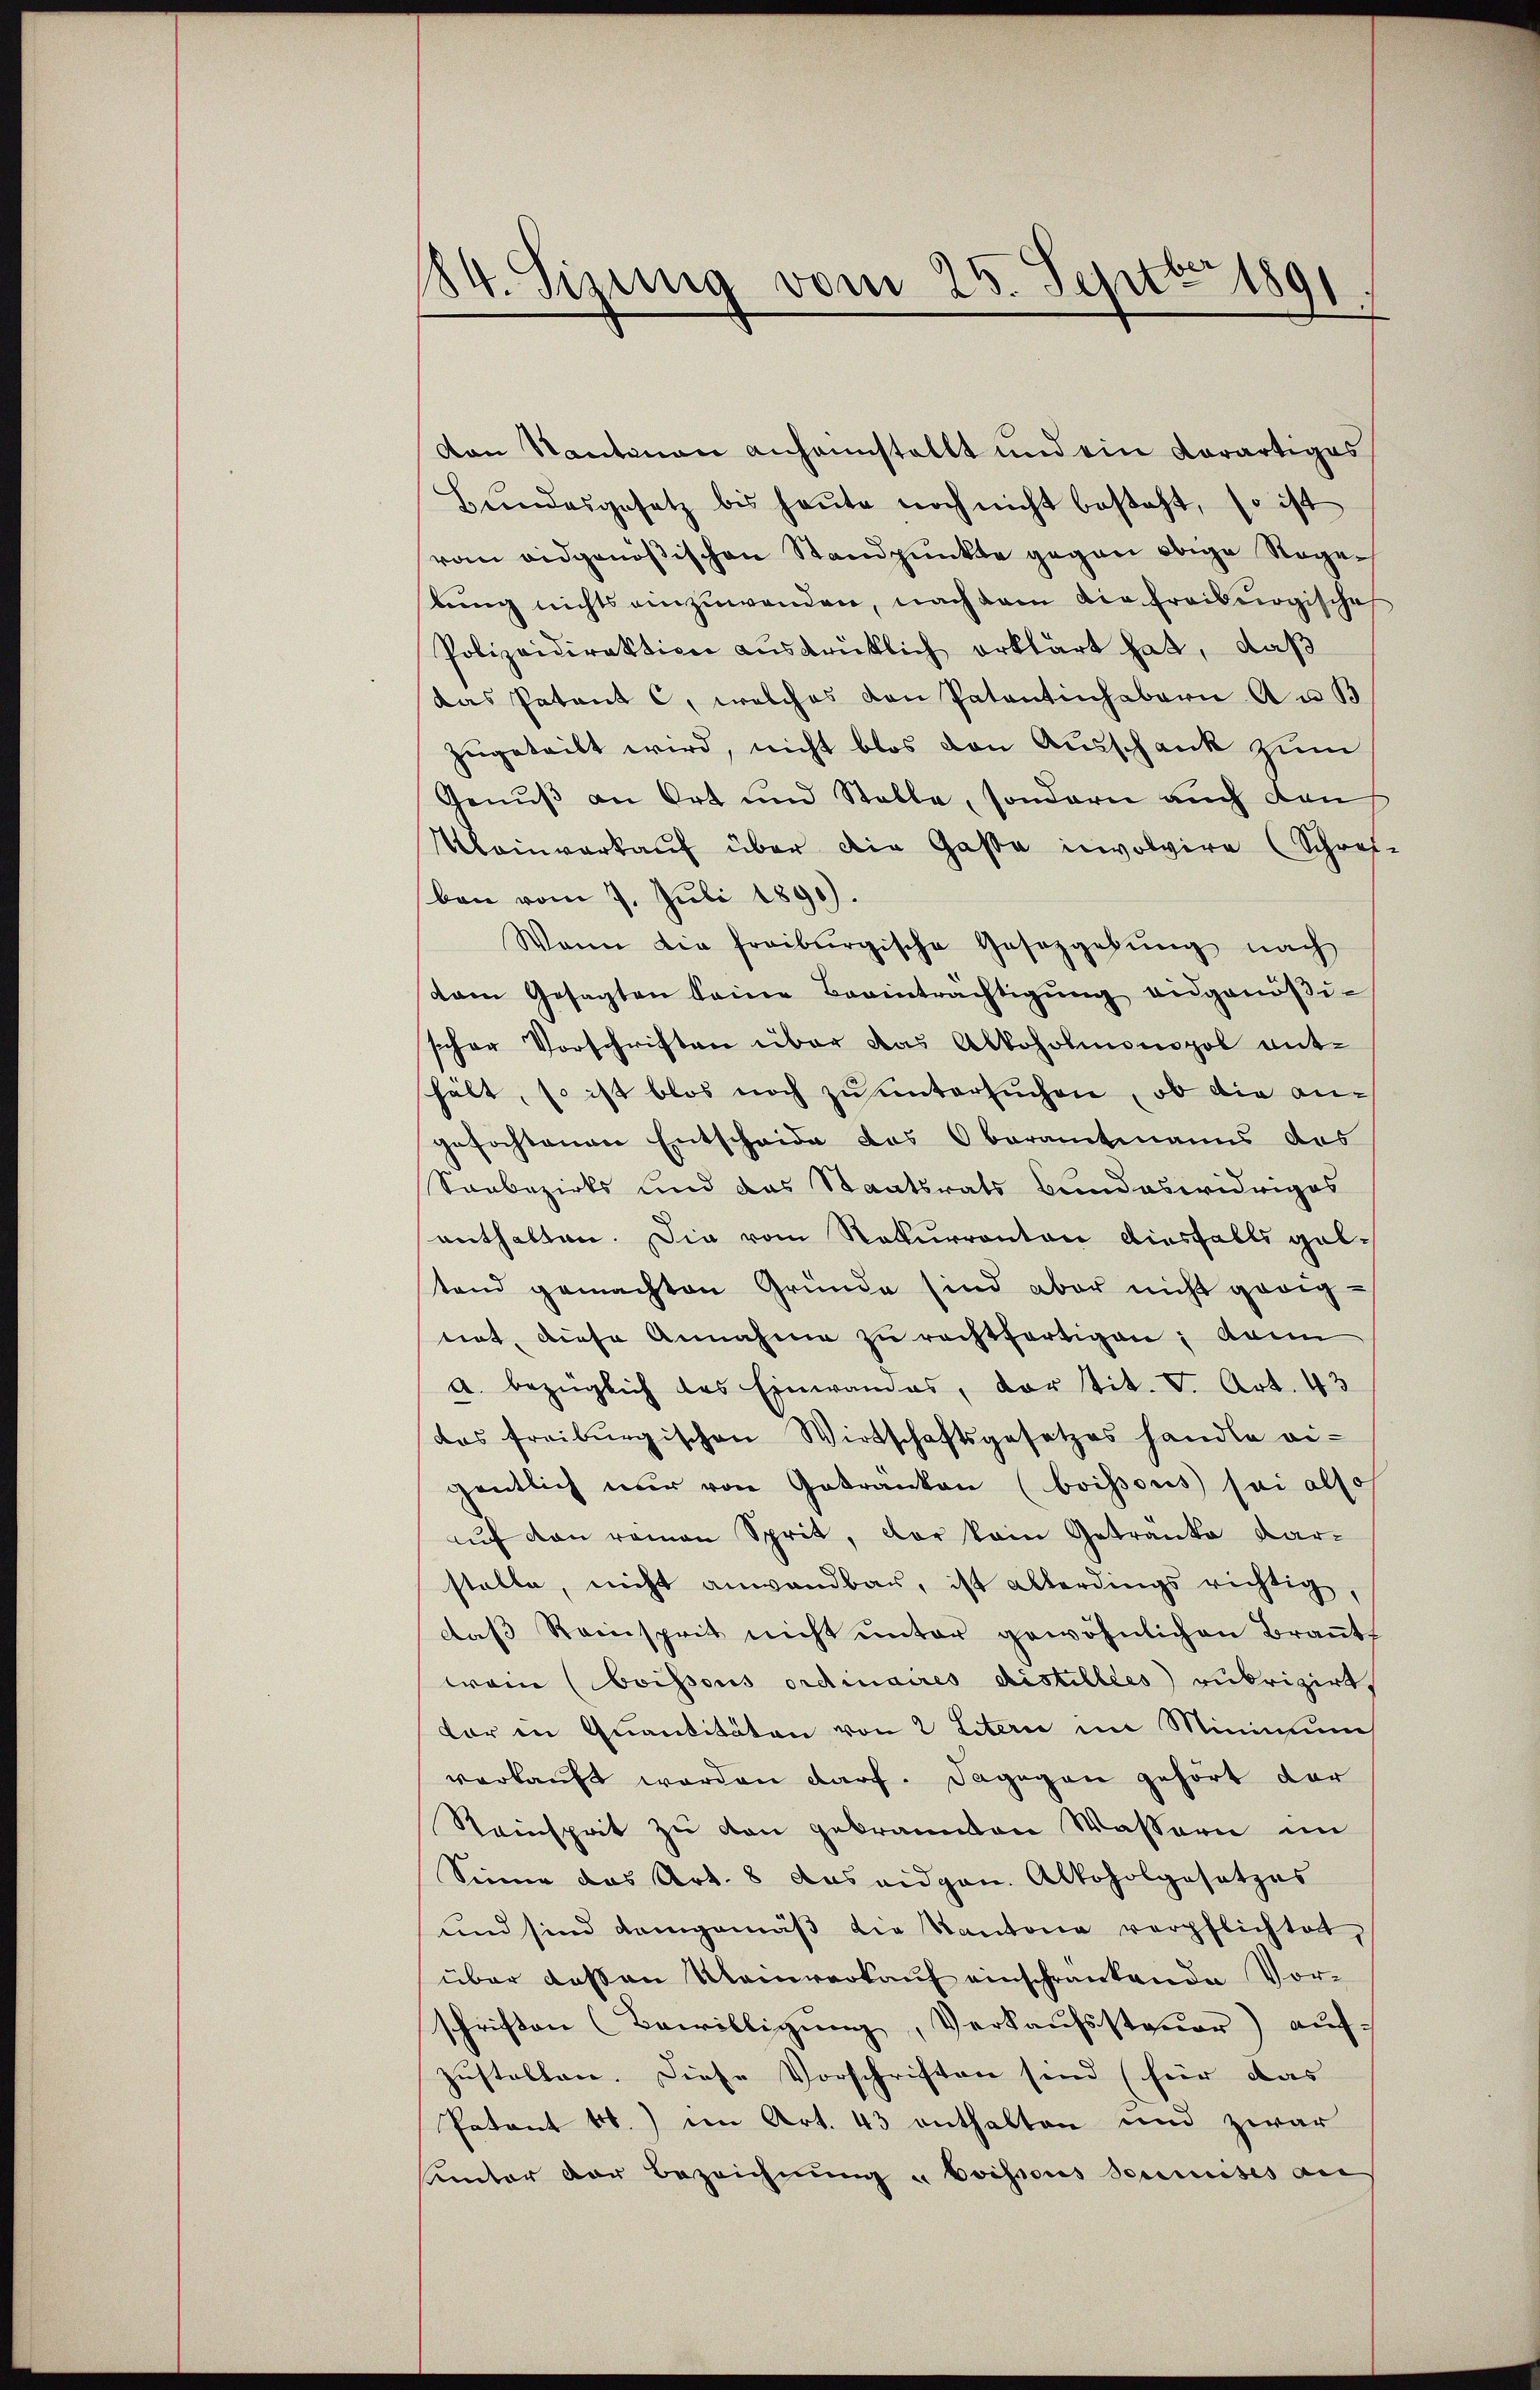
184. Sizung vom 25. Septbr 1891

von Kantonau anheinstellt und ein derartiges
Hundesgesetz bis heute noch nicht besteht, so ist
vom eidgenößischen Standpunkte gegen obige Rogelung nichts einzuwenden, nach dem die freiburgische
Polizeidirektion ausdrüklich erklärt hat, daß
das Patent C, welches von Patantinhabern Auß
zugeteilt wird, nicht blos den Ausschank zum
Genuß an Ort und Stelle, sondern auch den
Kleinverkauf über die Gasta involvire (Schrei-
ben vom 7. Juli 1890.
Wann die freiburgische Gesetzgebŭng nach
dam Gesagten keine Beeinträchtigŭng eidgenößischer Vorschriften über das Alkoholmonopol ant-
hält, so ist blos noch zu untersuchen, ob die angefochtenen Entscheide das Oberamtmanns des
Saabezirks und das Staatsrats Bundeswidriges
enthalten. Die vom Rekurranton diesfalls geltend gemachten Gründe sind aber nicht gerig-
tirt, diese Annahme zu rechtfertigen; kann
a. bezüglich das Einwandes, der tit. V. Art. 43
das freiburgischen Wirtschaftsgesetzes handle ei-
gentlich nur von Getränken (boissous sei also
auf den reinen Sprit, der kein Getranke dar-
stelle, nicht anwandbar, ist allerdings richtig,
das Reinsprit nicht ŭnter gewöhnlichen Brauth
wein (Coissous ordinaires distilles rubrizirt,
vor in Quantitäten von 2 Literie im Minimum
verkauft werden darf. Dagegen gehört der
Steinspät zu den gebrannten Wassern im
Sinne das Art. 8 das eidgen. Alkoholgesetzes
und sind demgemäβ die Kantone verpflichtet,
über dessen Kleinverkauf einschränkende Vorschriften (Bewilligŭng, Verkaŭfssteuer) auf
zustellen. Diese Vorschriften sind (für das
Patent b.) im Art. 43 enthalten und zwar
Unter der Bezeichnung u Boissous soumises au